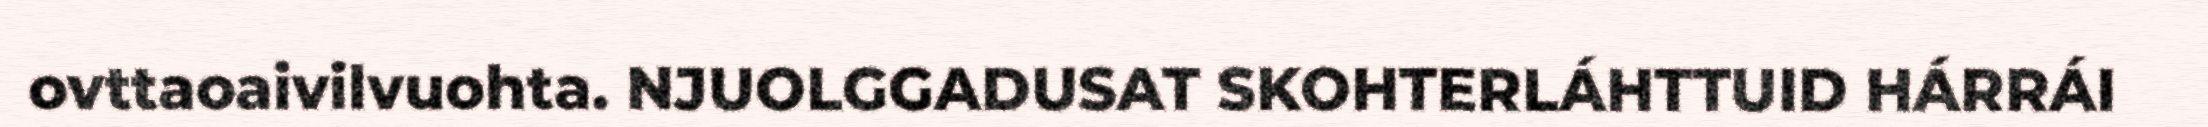
ovttaoaivilvuohta. NJUOLGGADUSAT SKOHTERLÁHTTUID HÁRRÁI